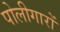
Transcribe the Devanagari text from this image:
पोलीगारों